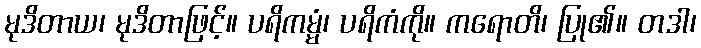
မုဒိတာယ၊ မုဒိတာဖြင့်။ ပရိကမ္မံ၊ ပရိကံကို။ ကရောတိ၊ ပြု၏။ တဒါ၊